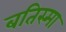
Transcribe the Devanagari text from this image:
बतिस्मा